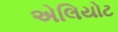
એલિયોટ